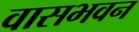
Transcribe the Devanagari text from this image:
वासभवन